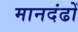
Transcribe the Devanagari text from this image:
मानदंढों